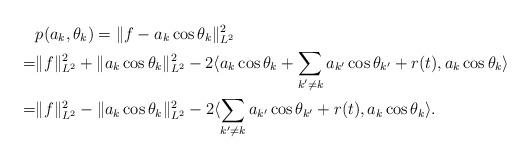
LaTeX: \begin{align*} &p(a_k, \theta_k)=\|f-a_k\cos \theta_k\|_{L^2}^2 \\ =&\|f\|_{L^2}^2+\|a_k\cos \theta_k\|_{L^2}^2-2\langle a_k\cos \theta_k+\sum_{k'\neq k}a_{k'}\cos\theta_{k'}+r(t), a_k\cos \theta_k\rangle \\ =&\|f\|_{L^2}^2-\|a_k\cos \theta_k\|_{L^2}^2-2\langle \sum_{k'\neq k}a_{k'}\cos\theta_{k'}+r(t), a_k\cos \theta_k\rangle. \end{align*}